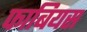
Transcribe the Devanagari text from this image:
फाबियस